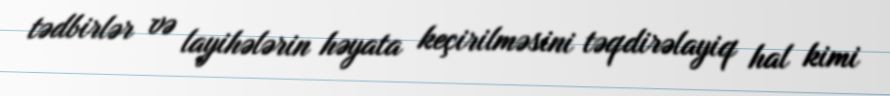
tədbirlər və layihələrin həyata keçirilməsini təqdirəlayiq hal kimi